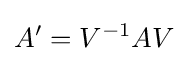
A'=V^{-1}AV